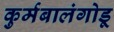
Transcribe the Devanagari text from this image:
कुर्मबालंगोडू